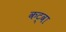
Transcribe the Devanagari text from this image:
कट्वा